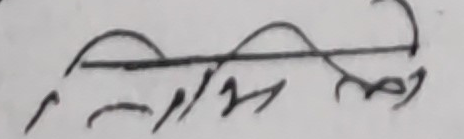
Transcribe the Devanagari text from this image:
नियन्त्रणो